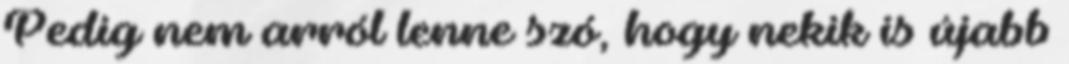
Pedig nem arról lenne szó, hogy nekik is újabb